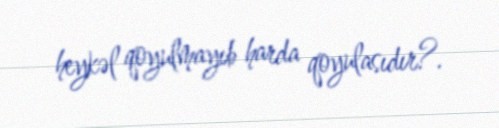
heykəl qoyulmayıb harda qoyulasıdır?.